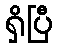
ရှိပြီ